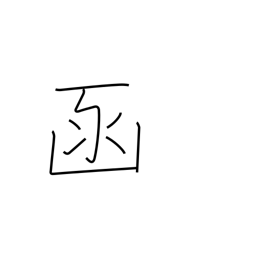
Meaning: box (archaic)